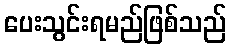
ပေးသွင်းရမည်ဖြစ်သည်